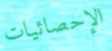
الإحصائيات